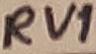
Text: RV1